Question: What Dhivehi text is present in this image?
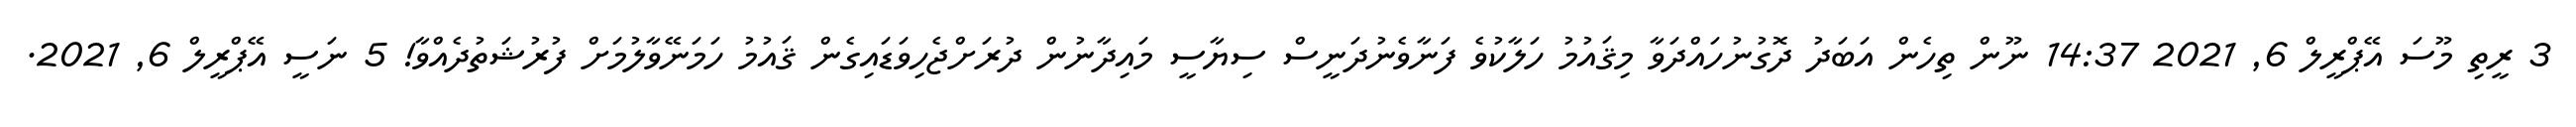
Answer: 3 ރީތި މޫސަ އޭޕްރީލް 6, 2021 14:37 ނޫން ތިހެން އަބަދު ދޮގުނުހައްދަވާ މިޤައުމު ހަލާކުވެ ފަނާވެނުދަނީސް ސިޔާސީ މައިދާނުން ދުރަށްޖެހިވަޑައިގެން ޤައުމު ހަމަނޭވާލުމަށް ފުރުޝަތުދެއްވާ! 5 ނަސީ އޭޕްރީލް 6, 2021.